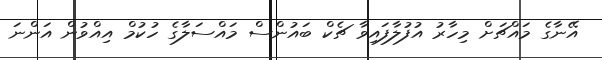
އޭނާގެ މައްޗަށް މިހާރު އުފުލާފައިވާ ޗެކް ބައުންސް މައްސަލާގެ ހުކުމް އިއްވުން އަންނަ